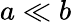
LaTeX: a\ll b